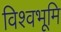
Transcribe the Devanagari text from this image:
विश्वभूमि